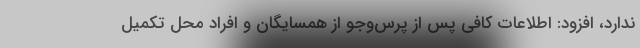
ندارد، افزود: اطلاعات کافی پس از پرس‌وجو از همسایگان و افراد محل تکمیل